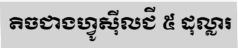
តិចជាងហ្វូស៊ីលជី ៥ ដុល្លារ